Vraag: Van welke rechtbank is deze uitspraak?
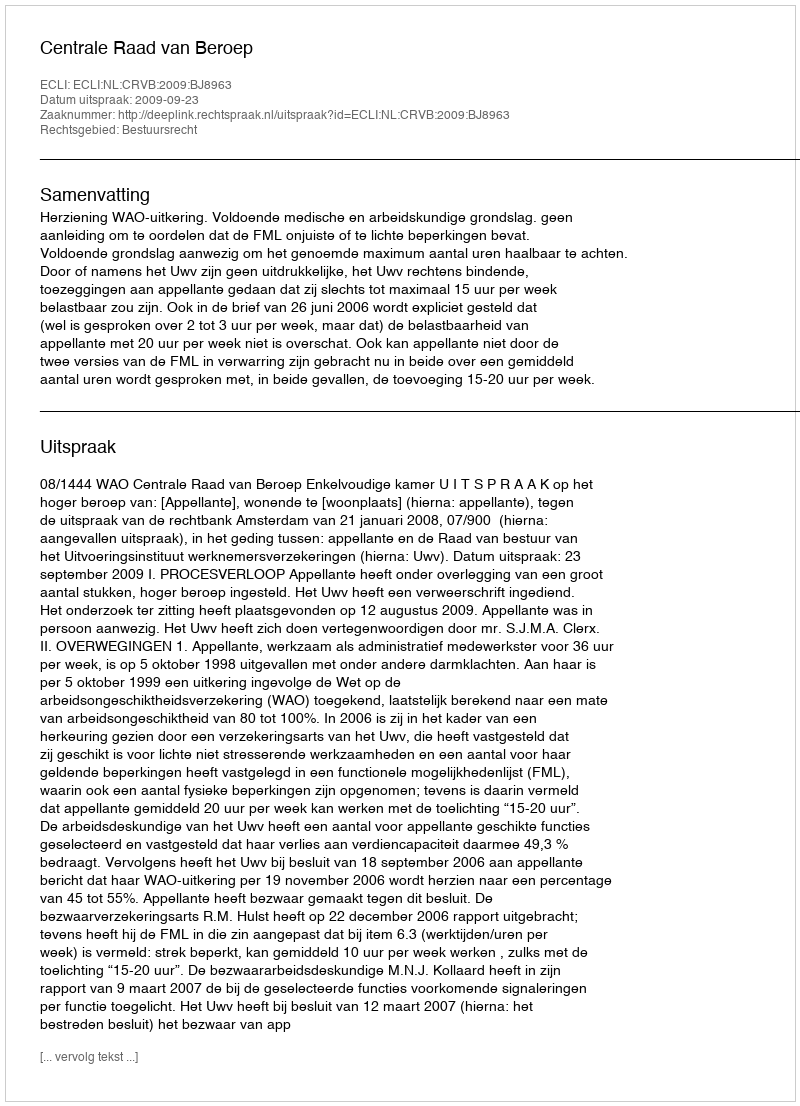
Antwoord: Centrale Raad van Beroep